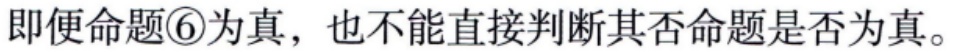
即便命题\textcircled{6}为真，也不能直接判断其否命题是否为真。